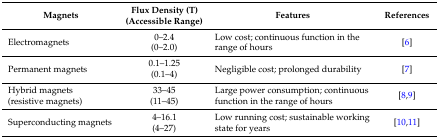
<table><thead><tr><td><b>Magnets</b></td><td><b>Flux Density (T) (Accessible Range)</b></td><td><b>Features</b></td><td><b>References</b></td></tr></thead><tbody><tr><td>Electromagnets</td><td>0–2.4 (0–2.0)</td><td>Low cost; continuous function in the range of hours</td><td>[6]</td></tr><tr><td>Permanent magnets</td><td>0.1–1.25 (0.1–4)</td><td>Negligible cost; prolonged durability</td><td>[7]</td></tr><tr><td>Hybrid magnets (resistive magnets)</td><td>33–45 (11–45)</td><td>Large power consumption; continuous function in the range of hours</td><td>[8,9]</td></tr><tr><td>Superconducting magnets</td><td>4–16.1 (4–27)</td><td>Low running cost; sustainable working state for years</td><td>[10,11]</td></tr></tbody></table>